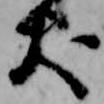
犬